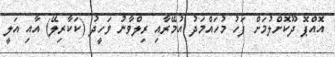
އޮއްޕޮ ދޫކޮށްލުމަށް ފަހު މުހައްމަދު އުމޭރާއި ރިލްވާނު ވަހީދު (ކަކާރިލޭ) އާއި އަލީ